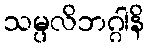
သမ္ပလိဘဂ္ဂါနိ